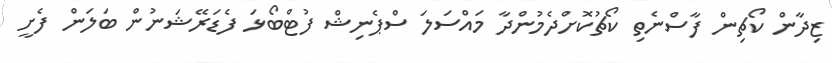
ޒިދާން ކޯޗިން ފާސްނެތި ކޯޗުކޮށްދެމުންދާ މައްސަލަ ސްޕެނިޝް ފުޓްބޯޅަ ފެޑަރޭޝަނުން ބަލަން ފެށީ